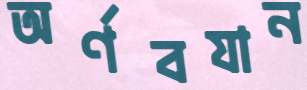
অর্ণবযান